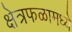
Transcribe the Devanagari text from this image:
क्षेत्रफळामध्ये